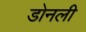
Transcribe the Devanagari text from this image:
डोनली